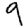
Digit: 9